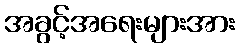
အခွင့်အရေးများအား